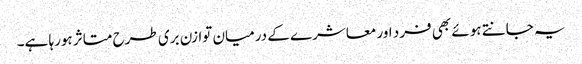
یہ جانتے ہوئے بھی فرد اور معاشرے کے درمیان توازن بری طرح متاثر ہورہا ہے۔